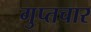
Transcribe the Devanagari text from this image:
गुप्तचार